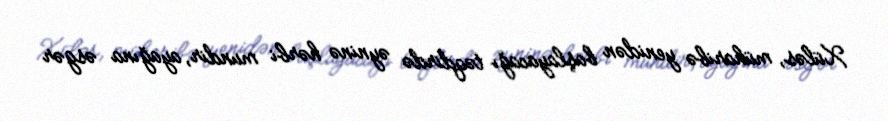
Xüləs, müharibə yenidən başlayacağı təqdirdə əyninə hərbi mundir, ayağına əsgər